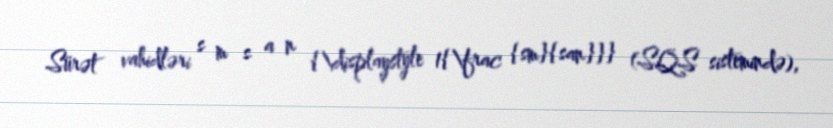
Sürət vahidləri s m s a n {\displaystyle 1{\frac {sm}{san}}} (SQS sistemində),